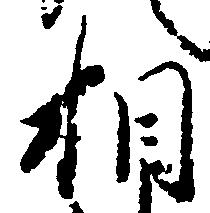
相